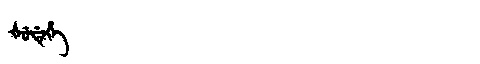
Manchu: ᡧᡠᡩᡝᡥᡝ
Romanization: ŠUDEHE